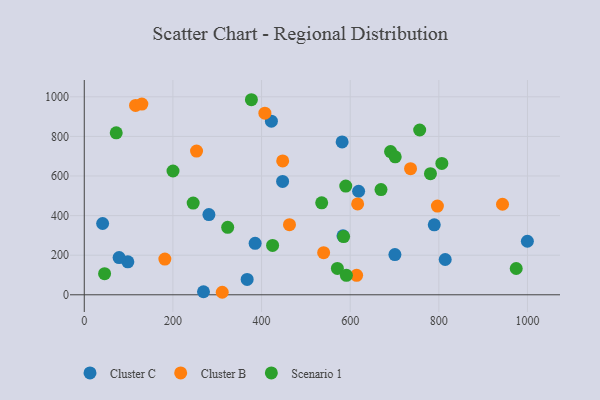
{"axis": {"x": "Speed", "y": "Demand"}, "legend": ["Cluster B", "Cluster C", "Scenario 1"], "data": [{"x": "619.0", "y": 522.9, "type": "Cluster C"}, {"x": "583.7", "y": 298.0, "type": "Cluster C"}, {"x": "367.5", "y": 77.5, "type": "Cluster C"}, {"x": "98.3", "y": 166.3, "type": "Cluster C"}, {"x": "789.7", "y": 353.3, "type": "Cluster C"}, {"x": "78.6", "y": 187.8, "type": "Cluster C"}, {"x": "814.4", "y": 178.2, "type": "Cluster C"}, {"x": "269.0", "y": 15.3, "type": "Cluster C"}, {"x": "581.8", "y": 772.0, "type": "Cluster C"}, {"x": "385.5", "y": 260.1, "type": "Cluster C"}, {"x": "281.2", "y": 405.1, "type": "Cluster C"}, {"x": "41.4", "y": 360.1, "type": "Cluster C"}, {"x": "422.2", "y": 876.9, "type": "Cluster C"}, {"x": "447.5", "y": 572.6, "type": "Cluster C"}, {"x": "700.9", "y": 203.2, "type": "Cluster C"}, {"x": "999.8", "y": 270.5, "type": "Cluster C"}, {"x": "311.3", "y": 12.7, "type": "Cluster B"}, {"x": "943.7", "y": 457.4, "type": "Cluster B"}, {"x": "115.7", "y": 956.4, "type": "Cluster B"}, {"x": "463.0", "y": 354.0, "type": "Cluster B"}, {"x": "407.5", "y": 917.4, "type": "Cluster B"}, {"x": "796.8", "y": 448.3, "type": "Cluster B"}, {"x": "253.3", "y": 725.8, "type": "Cluster B"}, {"x": "540.1", "y": 212.8, "type": "Cluster B"}, {"x": "736.2", "y": 637.0, "type": "Cluster B"}, {"x": "616.8", "y": 459.0, "type": "Cluster B"}, {"x": "129.9", "y": 963.2, "type": "Cluster B"}, {"x": "447.7", "y": 676.4, "type": "Cluster B"}, {"x": "181.8", "y": 180.4, "type": "Cluster B"}, {"x": "614.5", "y": 98.3, "type": "Cluster B"}, {"x": "245.7", "y": 463.5, "type": "Scenario 1"}, {"x": "535.7", "y": 464.5, "type": "Scenario 1"}, {"x": "691.1", "y": 723.5, "type": "Scenario 1"}, {"x": "377.1", "y": 985.3, "type": "Scenario 1"}, {"x": "806.8", "y": 663.6, "type": "Scenario 1"}, {"x": "571.1", "y": 133.3, "type": "Scenario 1"}, {"x": "590.0", "y": 549.1, "type": "Scenario 1"}, {"x": "781.1", "y": 611.7, "type": "Scenario 1"}, {"x": "585.2", "y": 293.9, "type": "Scenario 1"}, {"x": "323.6", "y": 340.9, "type": "Scenario 1"}, {"x": "756.8", "y": 832.5, "type": "Scenario 1"}, {"x": "669.5", "y": 531.6, "type": "Scenario 1"}, {"x": "45.8", "y": 106.4, "type": "Scenario 1"}, {"x": "974.6", "y": 132.8, "type": "Scenario 1"}, {"x": "72.1", "y": 818.1, "type": "Scenario 1"}, {"x": "200.2", "y": 625.2, "type": "Scenario 1"}, {"x": "424.9", "y": 249.2, "type": "Scenario 1"}, {"x": "591.4", "y": 98.2, "type": "Scenario 1"}, {"x": "701.6", "y": 696.7, "type": "Scenario 1"}]}